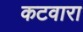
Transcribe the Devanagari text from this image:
कटवारा